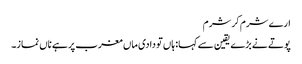
ارے شرم کر شرم
پوتے نے بڑے یقین سے کہا: ہاں تو دادی ماں مغرب پر ہے ناں نماز۔